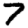
Digit: 7